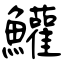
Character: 鱹